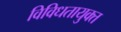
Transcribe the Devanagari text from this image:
विविधतायुक्त